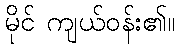
မိုင် ကျယ်ဝန်း၏။